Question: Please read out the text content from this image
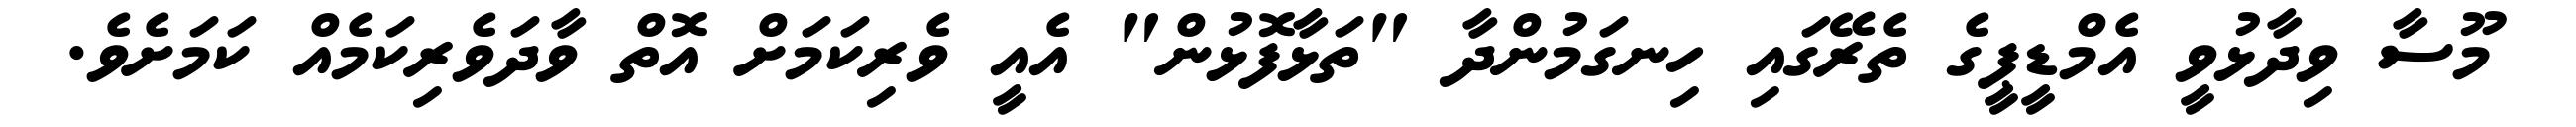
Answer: މޫސާ ވިދާޅުވީ އެމްޑީޕީގެ ތެރޭގައި ހިނގަމުންދާ "ތަޅާފޮޅުން" އެއީ ވެރިކަމަށް އޮތް ވާދަވެރިކަމެއް ކަމަށެވެ.